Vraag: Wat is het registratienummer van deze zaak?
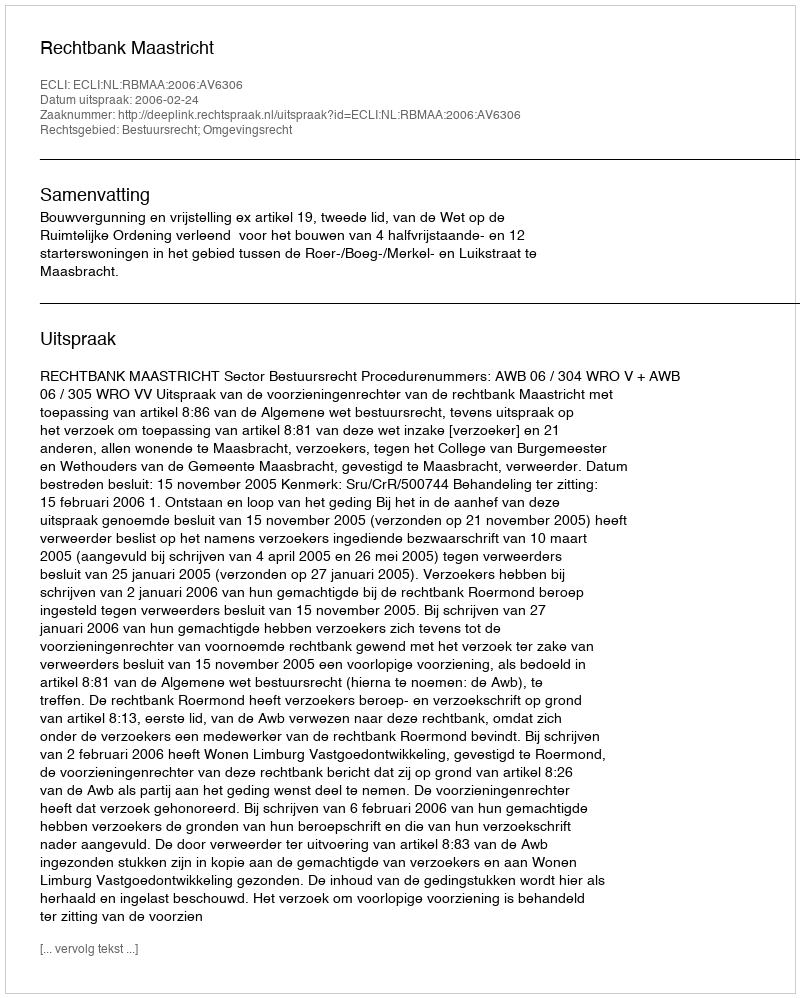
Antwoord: http://deeplink.rechtspraak.nl/uitspraak?id=ECLI:NL:RBMAA:2006:AV6306